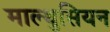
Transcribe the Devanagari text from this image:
माल्थुसियन